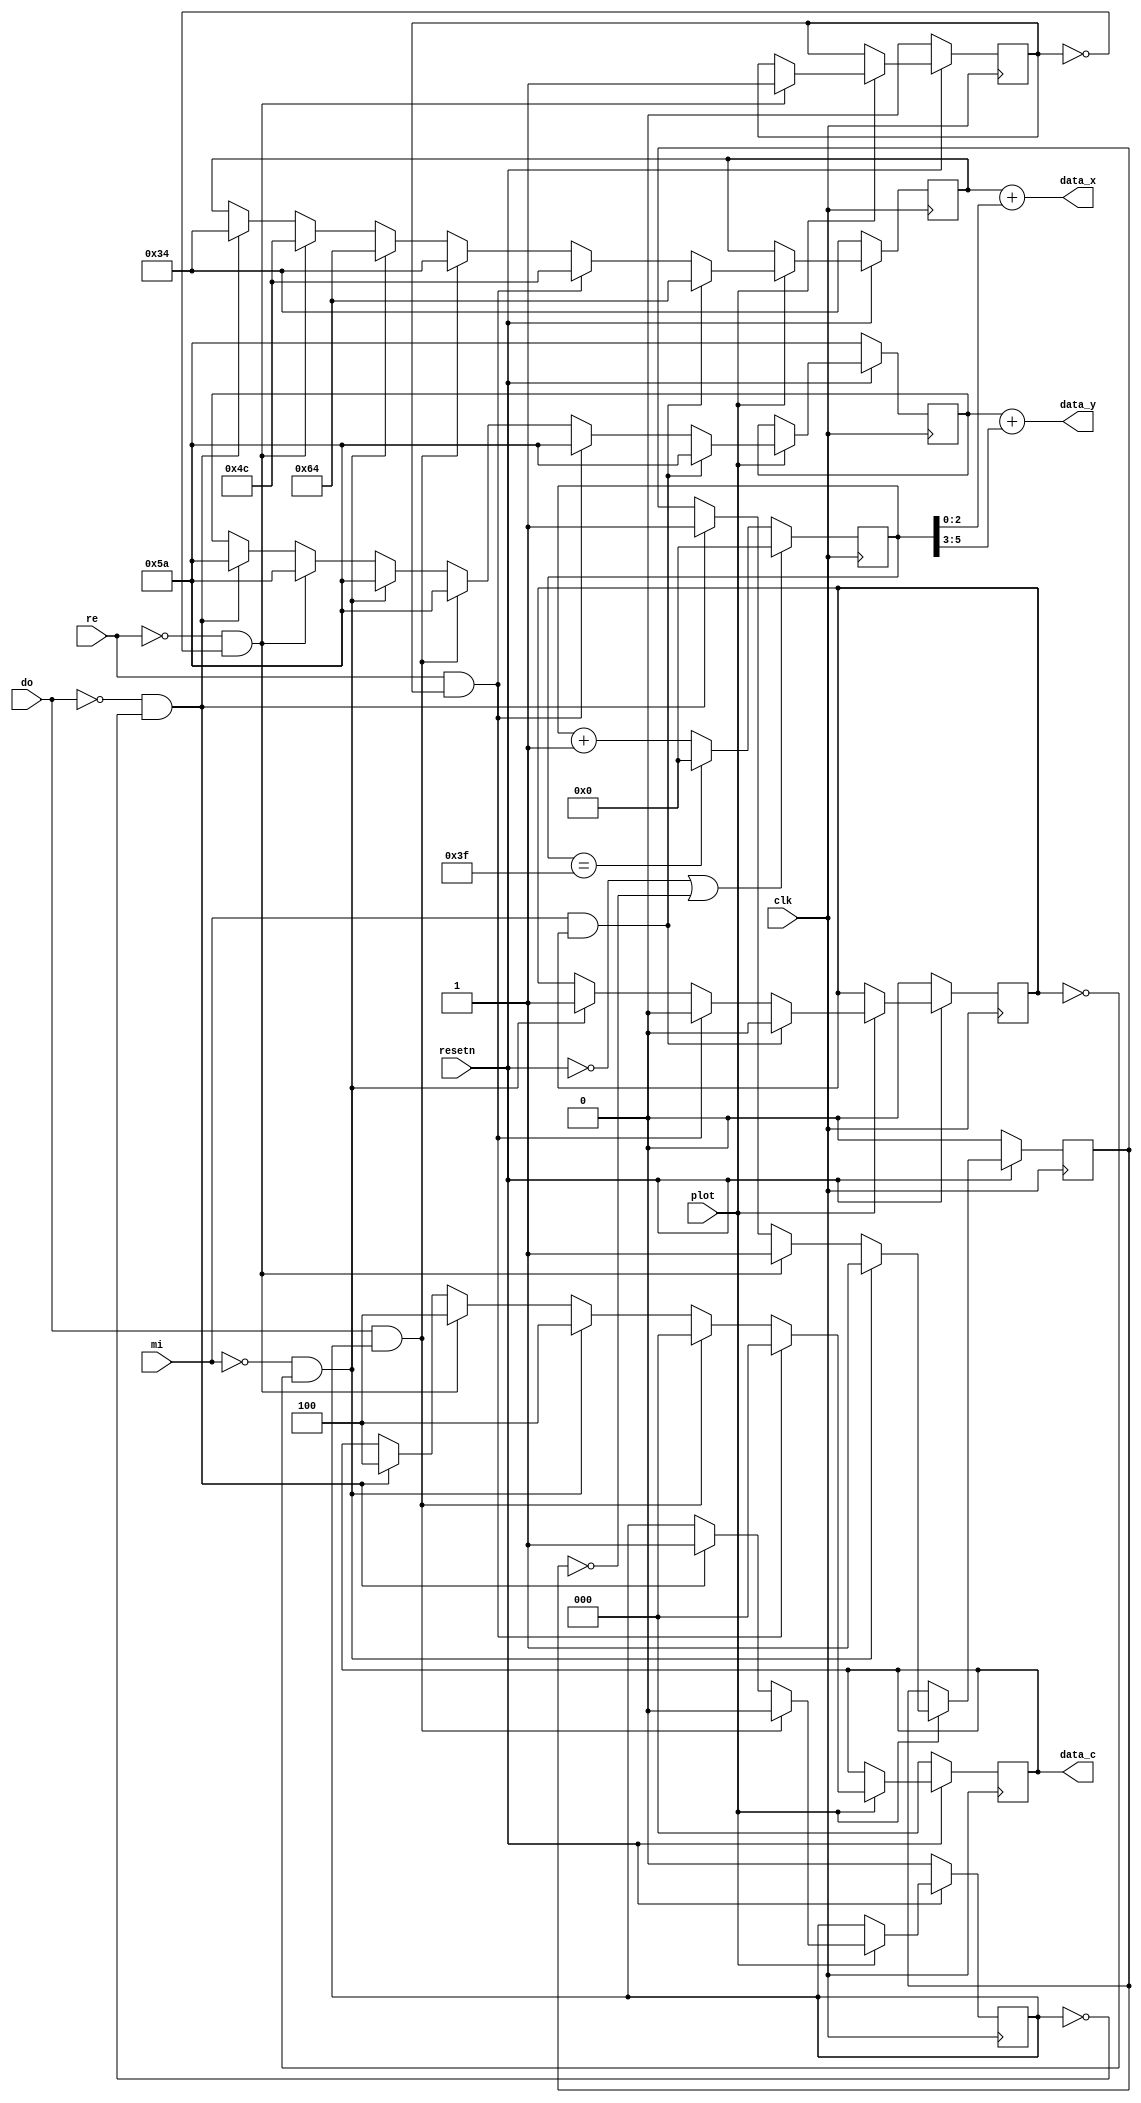

module datapath_write(
    input clk,
    input resetn,
    
    input do, re, mi, plot,
  
    output [7:0] data_x,
    output [6:0] data_y,
    output [2:0] data_c
    );
    
    reg [7:0] x;
    reg [6:0] y;
    reg [2:0] c;
    reg ld_do;
	reg ld_re;
	reg ld_mi;
	reg p;
    

    
    always @ (posedge clk) begin
        if (!resetn) begin
            	x <= 8'd52; 
           		y <= 7'd90;
           		c <= 3'd0;
           	    ld_do <= 0;
				ld_re <= 0;
				ld_mi <= 0;
				p<=0;
        end
        else if (plot == 1)begin
            if (do == 0 && ld_do == 0)
					begin
					    x <= 8'd52;
						y <= 7'd90;
						c <= 3'b100;
                        ld_do <= 1;
                        p<=1;
					end
			if (re == 0 && ld_re == 0)
					begin
						x <= 8'd76;
						y <= 7'd90;
						c <= 3'b100;
						ld_re <= 1;
						p<=1;
					end
				if (mi == 0 && ld_mi == 0)
					begin
						x <= 8'd100;
						y <= 7'd90;
						c <= 3'b100;
						ld_mi <= 1;
						p<=1;
					end
				if (do == 1 && ld_do == 1)
					begin
						 x <= 8'd52;
						y <= 7'd90;
						c <= 3'd0;
						ld_do <=0;
					end
			   if (re == 1 && ld_re == 1)
				   begin
					   x <= 8'd76;
						y <= 7'd90;
						c <= 3'd0;
						ld_mi <= 0;
				   end
			   if (mi == 1 && ld_mi == 1)
				   begin
					  x <= 8'd100;
						y <= 7'd90;
						ld_mi<=0;
				   end
    
        end
    end
    
    
    
    reg [5:0] count;
    	
	always @(posedge clk) begin
		if (resetn==0 | p == 0)
			count <= 6'b000000;
		else 
			if (count == 6'b111111) begin
					count <= 6'b000000;
					//p <= 0;
					end
			else
					count <= count + 1'b1;
					//p <=p;
	end


	assign data_x = x + count[2:0];
	assign data_y = y + count[5:3];
	assign data_c = c;

 
    
endmodule